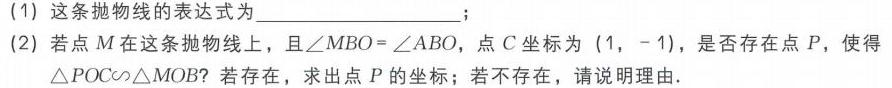
(1) 这条抛物线的表达式为____________________;
(2) 若点\(M\)在这条抛物线上，且\(\angle MBO = \angle ABO\)，点\(C\)坐标为\((1,-1)\)，是否存在点\(P\)，使得\(\triangle POC\sim\triangle MOB\)？若存在，求出点\(P\)的坐标；若不存在，请说明理由.